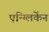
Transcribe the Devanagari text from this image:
एन्ग्लिकेंन